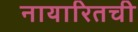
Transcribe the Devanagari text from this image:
नायारितची